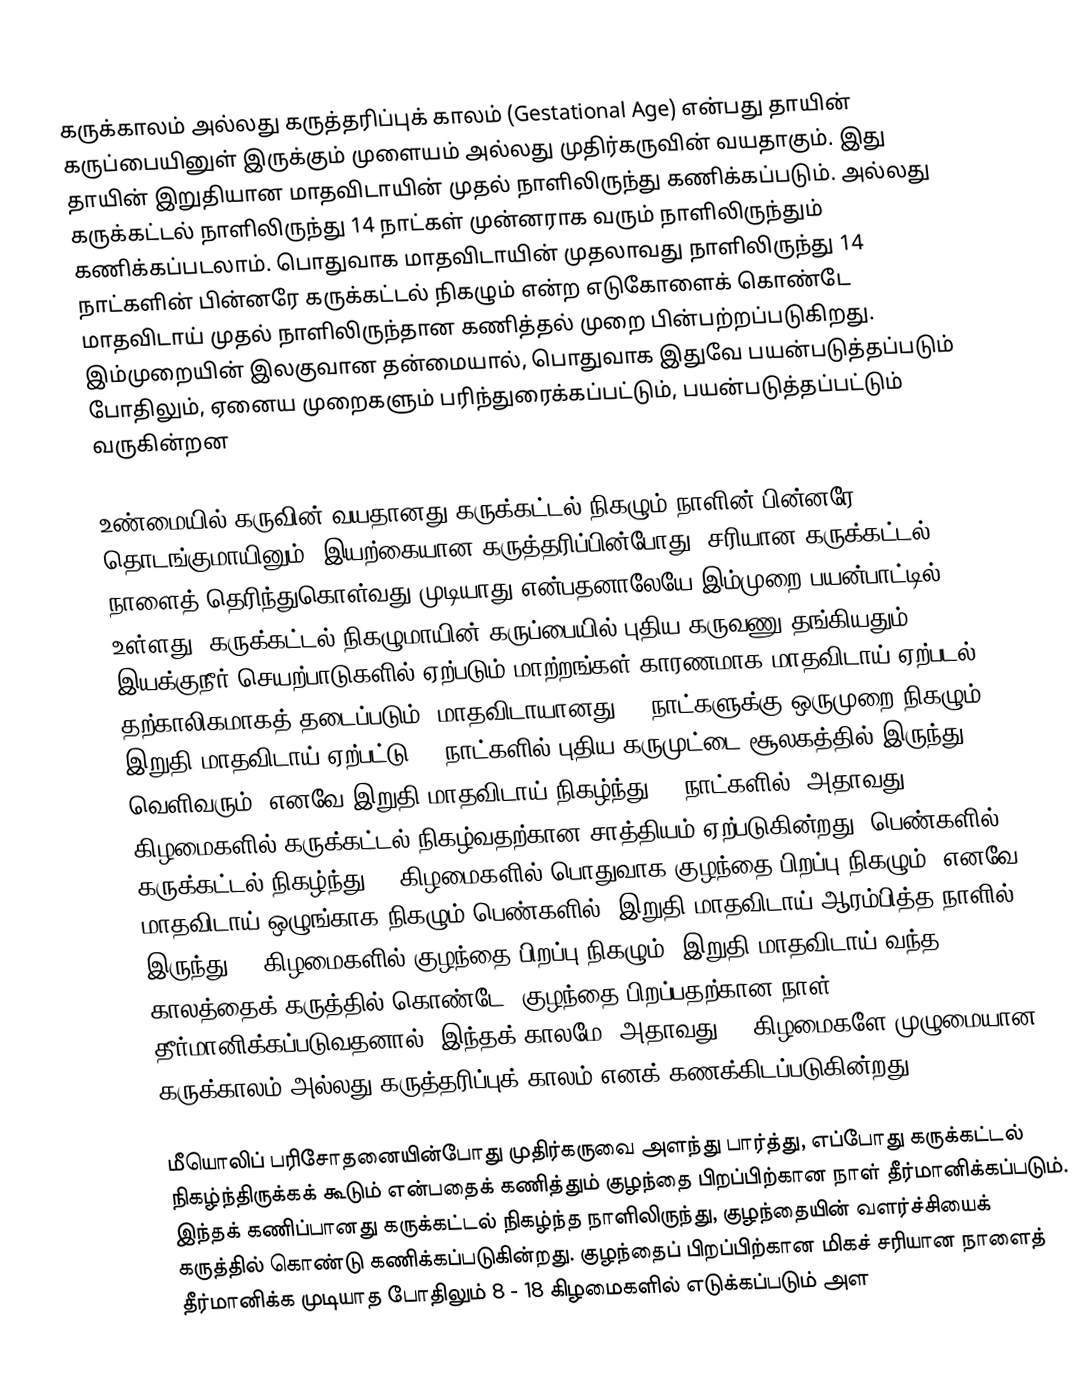
கருக்காலம் அல்லது கருத்தரிப்புக் காலம் (Gestational Age) என்பது தாயின் கருப்பையினுள் இருக்கும் முளையம் அல்லது முதிர்கருவின் வயதாகும். இது தாயின் இறுதியான மாதவிடாயின் முதல் நாளிலிருந்து கணிக்கப்படும். அல்லது கருக்கட்டல் நாளிலிருந்து 14 நாட்கள் முன்னராக வரும் நாளிலிருந்தும் கணிக்கப்படலாம். பொதுவாக மாதவிடாயின் முதலாவது நாளிலிருந்து 14 நாட்களின் பின்னரே கருக்கட்டல் நிகழும் என்ற எடுகோளைக் கொண்டே மாதவிடாய் முதல் நாளிலிருந்தான கணித்தல் முறை பின்பற்றப்படுகிறது. இம்முறையின் இலகுவான தன்மையால், பொதுவாக இதுவே பயன்படுத்தப்படும் போதிலும், ஏனைய முறைகளும் பரிந்துரைக்கப்பட்டும், பயன்படுத்தப்பட்டும் வருகின்றன

உண்மையில் கருவின் வயதானது கருக்கட்டல் நிகழும் நாளின் பின்னரே தொடங்குமாயினும், இயற்கையான கருத்தரிப்பின்போது, சரியான கருக்கட்டல் நாளைத் தெரிந்துகொள்வது முடியாது என்பதனாலேயே இம்முறை பயன்பாட்டில் உள்ளது. கருக்கட்டல் நிகழுமாயின் கருப்பையில் புதிய கருவணு தங்கியதும், இயக்குநீர் செயற்பாடுகளில் ஏற்படும் மாற்றங்கள் காரணமாக மாதவிடாய் ஏற்படல் தற்காலிகமாகத் தடைப்படும். மாதவிடாயானது 28 நாட்களுக்கு ஒருமுறை நிகழும். இறுதி மாதவிடாய் ஏற்பட்டு 14 நாட்களில் புதிய கருமுட்டை சூலகத்தில் இருந்து வெளிவரும். எனவே இறுதி மாதவிடாய் நிகழ்ந்து 14 நாட்களில், அதாவது 2 கிழமைகளில் கருக்கட்டல் நிகழ்வதற்கான சாத்தியம் ஏற்படுகின்றது. பெண்களில் கருக்கட்டல் நிகழ்ந்து 38 கிழமைகளில் பொதுவாக குழந்தை பிறப்பு நிகழும். எனவே மாதவிடாய் ஒழுங்காக நிகழும் பெண்களில், இறுதி மாதவிடாய் ஆரம்பித்த நாளில் இருந்து 40 கிழமைகளில் குழந்தை பிறப்பு நிகழும். இறுதி மாதவிடாய் வந்த காலத்தைக் கருத்தில் கொண்டே, குழந்தை பிறப்பதற்கான நாள் தீர்மானிக்கப்படுவதனால், இந்தக் காலமே, அதாவது 40 கிழமைகளே முழுமையான கருக்காலம் அல்லது கருத்தரிப்புக் காலம் எனக் கணக்கிடப்படுகின்றது. .

மீயொலிப் பரிசோதனையின்போது முதிர்கருவை அளந்து பார்த்து, எப்போது கருக்கட்டல் நிகழ்ந்திருக்கக் கூடும் என்பதைக் கணித்தும் குழந்தை பிறப்பிற்கான நாள் தீர்மானிக்கப்படும். இந்தக் கணிப்பானது கருக்கட்டல் நிகழ்ந்த நாளிலிருந்து, குழந்தையின் வளர்ச்சியைக் கருத்தில் கொண்டு கணிக்கப்படுகின்றது. குழந்தைப் பிறப்பிற்கான மிகச் சரியான நாளைத் தீர்மானிக்க முடியாத போதிலும் 8 - 18 கிழமைகளில் எடுக்கப்படும் அள